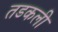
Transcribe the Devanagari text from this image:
तडकली